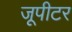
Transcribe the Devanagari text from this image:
जूपीटर